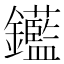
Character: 𨰗